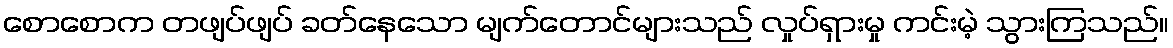
စောစောက တဖျပ်ဖျပ် ခတ်နေသော မျက်တောင်များသည် လှုပ်ရှားမှု ကင်းမဲ့ သွားကြသည်။